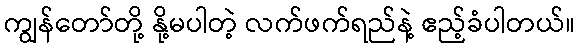
ကျွန်တော်တို့ နို့မပါတဲ့ လက်ဖက်ရည်နဲ့ ဧည့်ခံပါတယ်။